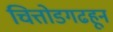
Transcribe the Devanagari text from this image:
चित्तोडगढहून